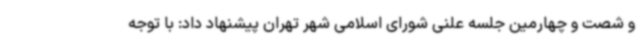
و شصت و چهارمین جلسه علنی شورای اسلامی شهر تهران پیشنهاد داد: با توجه